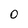
Character: 0